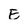
Character: E